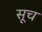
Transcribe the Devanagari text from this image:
सूच